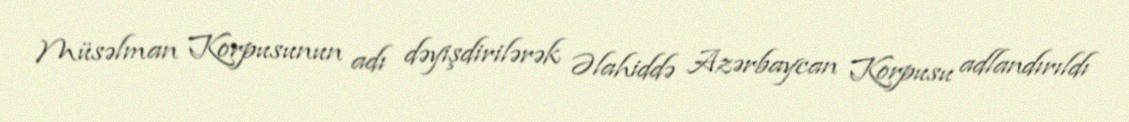
Müsəlman Korpusunun adı dəyişdirilərək Əlahiddə Azərbaycan Korpusu adlandırıldı